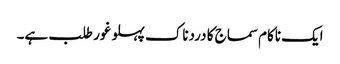
ایک ناکام سماج کا دردناک پہلو غور طلب ہے۔